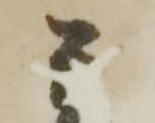
平